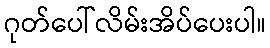
ဂုတ်ပေါ်လိမ်းအိပ်ပေးပါ။